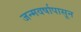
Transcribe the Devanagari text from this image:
जन्मवर्षापासून